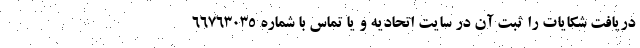
دریافت شکایات را ثبت آن در سایت اتحادیه و یا تماس با شماره ۶۶۷۶۳۰۳۵